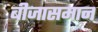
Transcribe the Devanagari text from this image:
बीजासमान